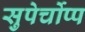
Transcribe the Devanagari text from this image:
सुपेर्चोप्प